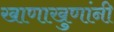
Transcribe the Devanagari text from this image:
खाणाखुणांनी